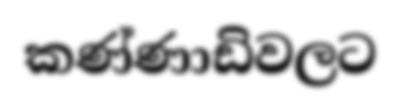
කණ්ණාඩිවලට